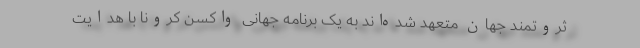
ثروتمند جهان متعهد شده‌اند به یک برنامه جهانی واکسن کرونا با هدایت